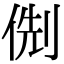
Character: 𠊏